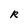
Character: R